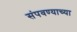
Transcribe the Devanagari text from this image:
संपवण्याच्या